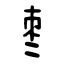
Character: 枣